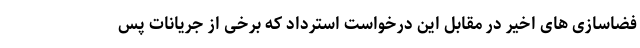
فضاسازی های اخیر در مقابل این درخواست استرداد که برخی از جریانات پس